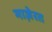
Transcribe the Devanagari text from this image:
माज़ेरत